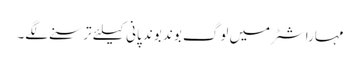
مہاراشٹر میں لوگ بوند بوند پانی کیلئے ترسنے لگے۔